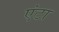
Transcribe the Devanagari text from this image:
एंटा